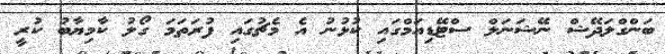
ބަންގްލަދޭޝް ނޭޝަނަލް ސްޓޭޑިއަމްގައި ކުޅުނު އެ މެޗުގައި ފުރަތަމަ ގޯލު ކާމިޔާބު ކުރީ